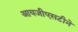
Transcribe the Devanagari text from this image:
आयजीएसटीने